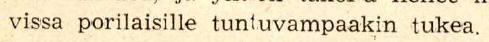
vissa porilaisille tuntuvampaakin tukea.